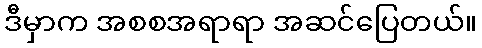
ဒီမှာက အစစအရာရာ အဆင်ပြေတယ်။